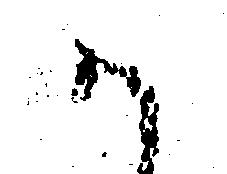
か